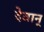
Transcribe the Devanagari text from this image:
देवान्